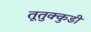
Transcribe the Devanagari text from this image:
तूतुक्कुडी